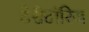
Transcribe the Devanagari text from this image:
टेरीटॉरिज